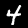
Label: 4